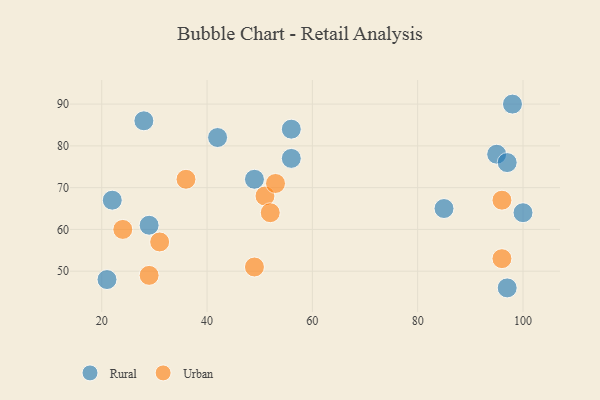
{"axis": {"x": "GDP", "y": "Life Expectancy"}, "legend": ["Rural", "Urban"], "data": [{"x": "85", "y": 65, "type": "Rural"}, {"x": "56", "y": 84, "type": "Rural"}, {"x": "97", "y": 46, "type": "Rural"}, {"x": "49", "y": 72, "type": "Rural"}, {"x": "29", "y": 61, "type": "Rural"}, {"x": "95", "y": 78, "type": "Rural"}, {"x": "42", "y": 82, "type": "Rural"}, {"x": "22", "y": 67, "type": "Rural"}, {"x": "56", "y": 77, "type": "Rural"}, {"x": "21", "y": 48, "type": "Rural"}, {"x": "100", "y": 64, "type": "Rural"}, {"x": "98", "y": 90, "type": "Rural"}, {"x": "28", "y": 86, "type": "Rural"}, {"x": "97", "y": 76, "type": "Rural"}, {"x": "96", "y": 67, "type": "Urban"}, {"x": "51", "y": 68, "type": "Urban"}, {"x": "29", "y": 49, "type": "Urban"}, {"x": "96", "y": 53, "type": "Urban"}, {"x": "52", "y": 64, "type": "Urban"}, {"x": "24", "y": 60, "type": "Urban"}, {"x": "31", "y": 57, "type": "Urban"}, {"x": "49", "y": 51, "type": "Urban"}, {"x": "53", "y": 71, "type": "Urban"}, {"x": "36", "y": 72, "type": "Urban"}]}